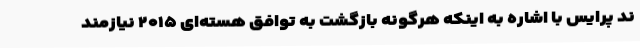
ند پرایس با اشاره به اینکه هرگونه بازگشت به توافق هسته‌ای ۲۰۱۵ نیازمند